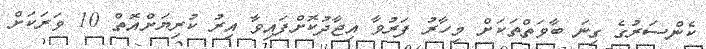
ކެންސަރުގެ ގިނަ ބާވަތްތަކަށް މިހާރު ފަރުވާ އިޖާދުކޮށްފައިވާ އިރު ކުރިޔަށްއޮތް 10 ވަރަކަށް